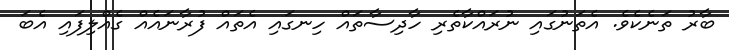
ބާރު ތަނެކެވެ. އެތަނުގައި ނުރައްކާތެރި ހާދިސާތައް ހިނގައި އެތައް ފުރާނައެއް ގެއްލިފައި އެބަ